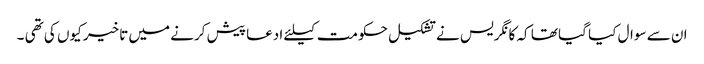
ان سے سوال کیا گیا تھا کہ کانگریس نے تشکیل حکومت کیلئے ادعا پیش کرنے میں تاخیر کیوں کی تھی ۔